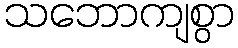
သဘောကျစွာ